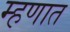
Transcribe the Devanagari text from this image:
म्हणात